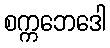
စက္ကဘေဒေါ